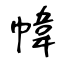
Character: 幃